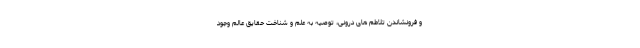
و فرونشاندن تلاطم های درونی، توصیه به علم و شناخت حقایق عالَم وجود